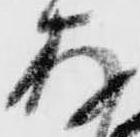
存